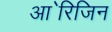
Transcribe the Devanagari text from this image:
आ॓रिजिन